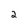
Character: 2